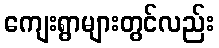
ကျေးရွာများတွင်လည်း